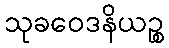
သုခဝေဒနိယဉ္စ